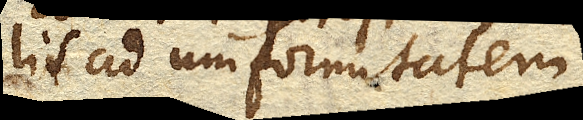
lis ad uniformitatem